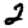
Digit: 2